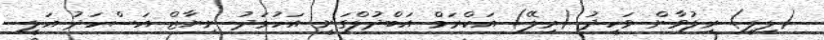
(ލިލީ) ރިލުވާން ވަހީދު (ރިލޭ) އަކްރަމް އަބްދުލްގަނީ އަހުމަދު ނިޔާޒް އަސްހަދު އަލީ